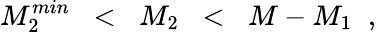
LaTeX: M_{2}^{min}\; \; <\; \; M_{2}\; \; <\; \; M-M_{1}\; \; ,